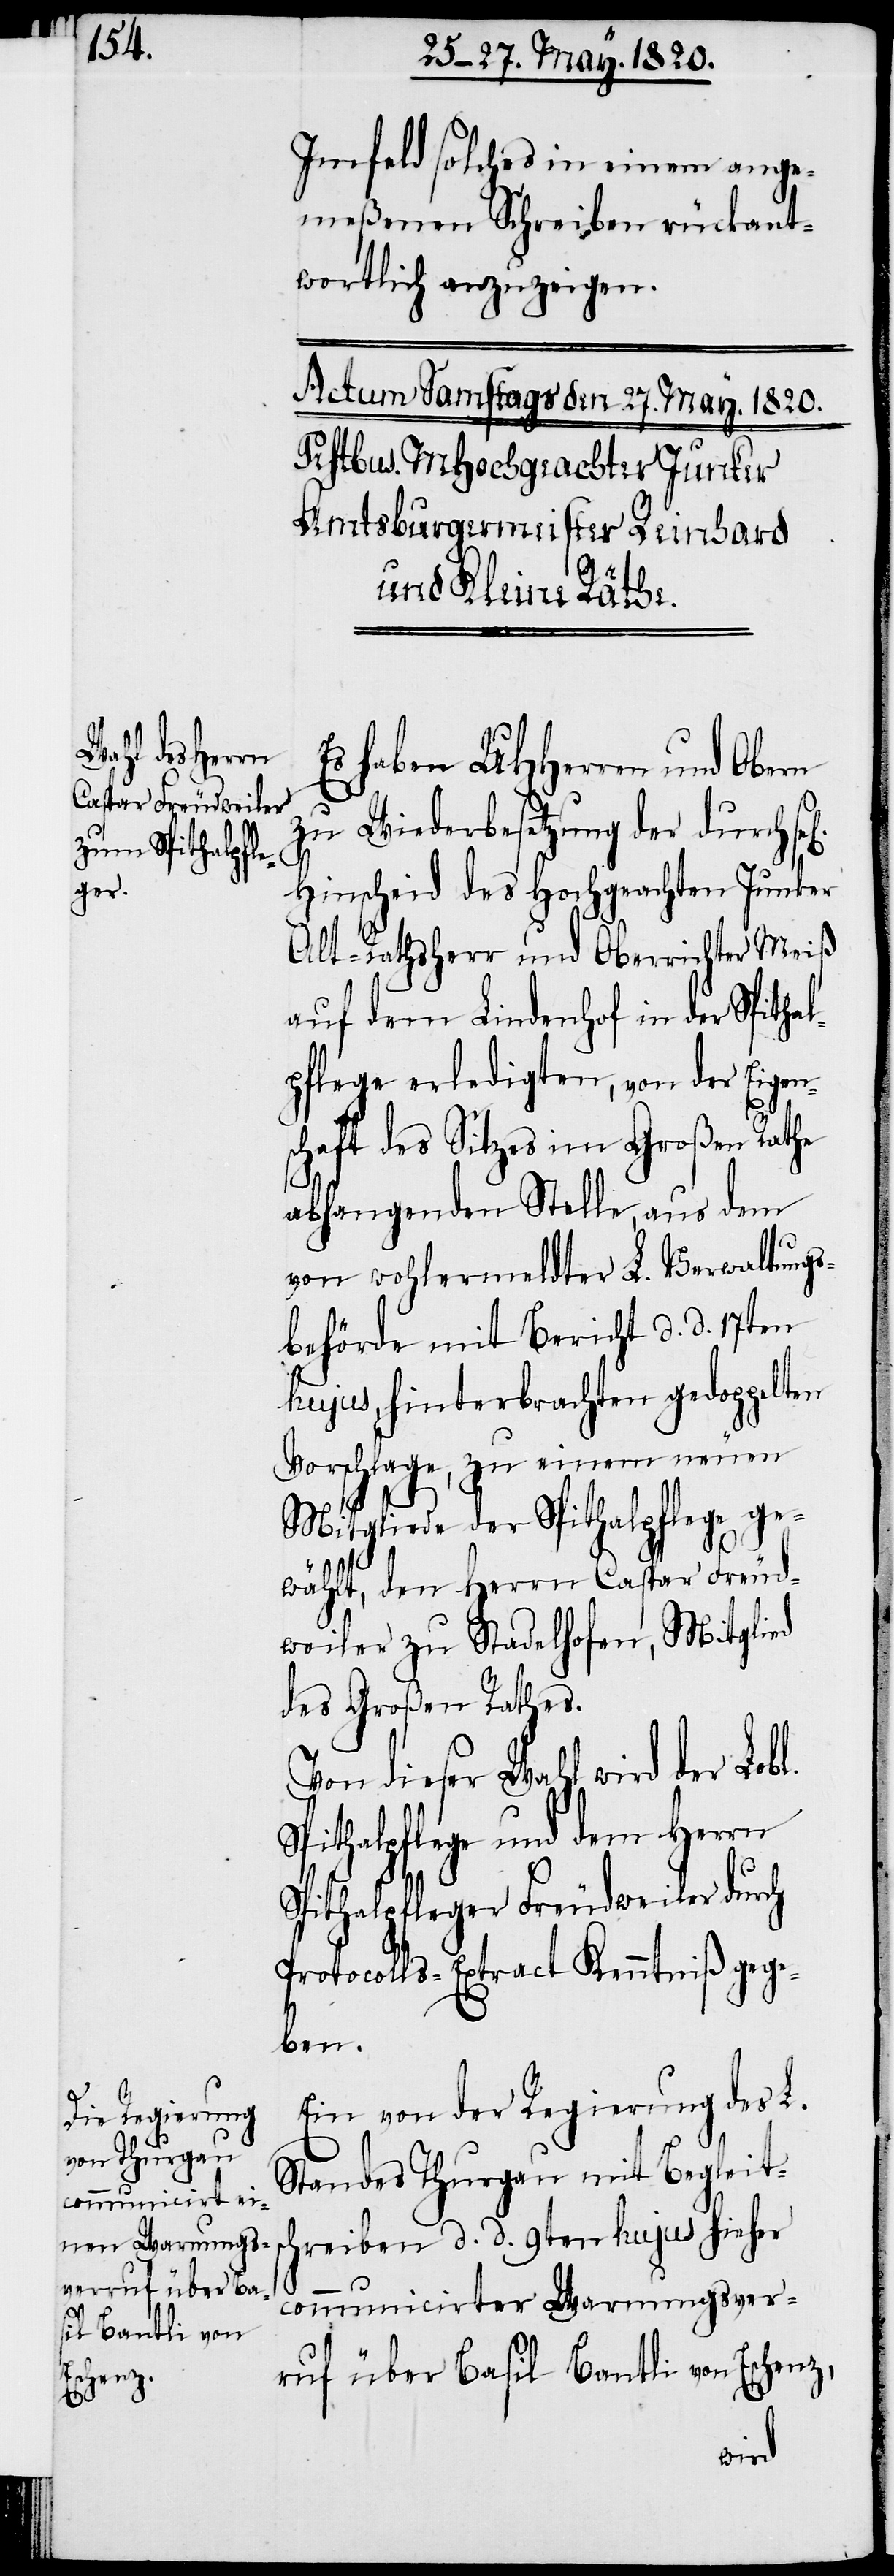
l[igen]

Imfeld solches in einem ange¬
meßenen Schreiben rückant¬
wortlich anzuzeigen.
Es haben UHHerren und Obern
zu Wiederbesetzung der durch se¬
Hinscheid des Hochgeachten Junker
Alt-Rathsherr und Oberrichter Meiß
auf dem Lindenhof in der Spithal¬
pflege erledigten, von der Eigen¬
schaft des Sitzes im Großen Rathe
abhangenden Stelle, aus dem
von wohlermeldter L. Verwaltungs¬
behörde mit Bericht d. d. 17ten
hujus, hinterbrachten gedoppelten
Vorschlage, zu einem neuen
Mitgliede der Spithalpflege ge¬
wählt, den Herrn Caspar Freund¬
weiler zu Stadelhofen, Mitglied
des Großen Rathes.
Von dieser Wahl wird der Lobl.
Spithalpflege und dem Herrn
Spithalpfleger Freudweiler durch
Protocolls-Extract Kenntniß gege¬
ben.
Ein von der Regierung des L.
Standes Thurgau mit Begleitsc¬
hreiben d. d. 9ten hujus hieher
communicirter Warnungsver¬
ruf über Basil Bantli von Eschenz,